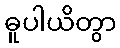
ဓူပါယိတွာ